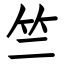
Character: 竺